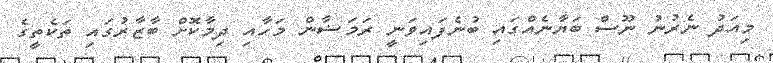
މިއަދު ނެރުނު ނޫސް ބަޔާނެއްގައި ބުނެފައިވަނީ ރަމަޟާން މަހާއި ދިމާކޮށް ބާޒާރުގައި ތަކެތީގެ